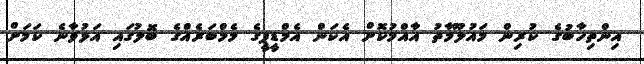
އިންތިހާބުގެ ކުރިން މައުލޫމާތު އާއްމުކޮށް އެކަން އެމްޑީޕީގެ މެމްބަރެއްގެ ބޮލުގައި އަޅުވާނެ ކަމަށް